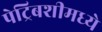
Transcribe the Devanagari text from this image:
पेट्रिबशीमध्ये